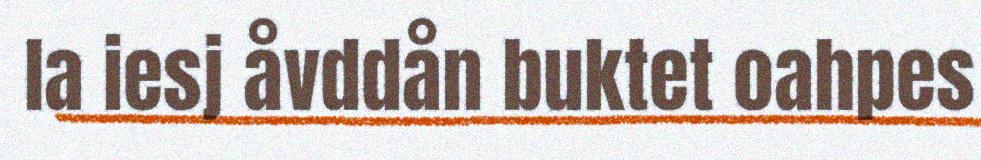
la iesj åvddån buktet oahpes